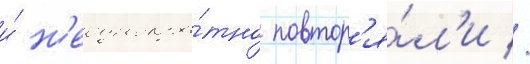
и́ н'еоднокра́тно повтор'я́л'и //